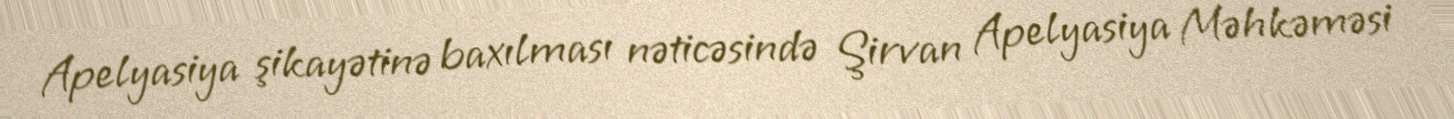
Apelyasiya şikayətinə baxılması nəticəsində Şirvan Apelyasiya Məhkəməsi